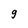
Character: 9